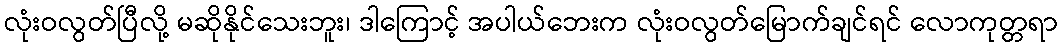
လုံးဝလွတ်ပြီလို့ မဆိုနိုင်သေးဘူး၊ ဒါကြောင့် အပါယ်ဘေးက လုံးဝလွတ်မြောက်ချင်ရင် လောကုတ္တရာ